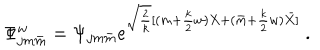
\Phi _ { j m \bar { m } } ^ { w } = \Psi _ { j m \bar { m } } e ^ { \sqrt { \frac { 2 } { k } } [ ( m + { \frac { k } { 2 } } w ) X + ( \bar { m } + { \frac { k } { 2 } } w ) \bar { X } ] } ~ .